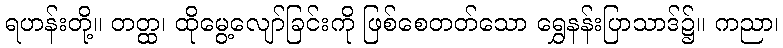
ရဟန်းတို့။ တတ္ထ၊ ထိုမွေ့လျော်ခြင်းကို ဖြစ်စေတတ်သော ရွှေနန်းပြာသာဒ်၌။ ကညာ၊